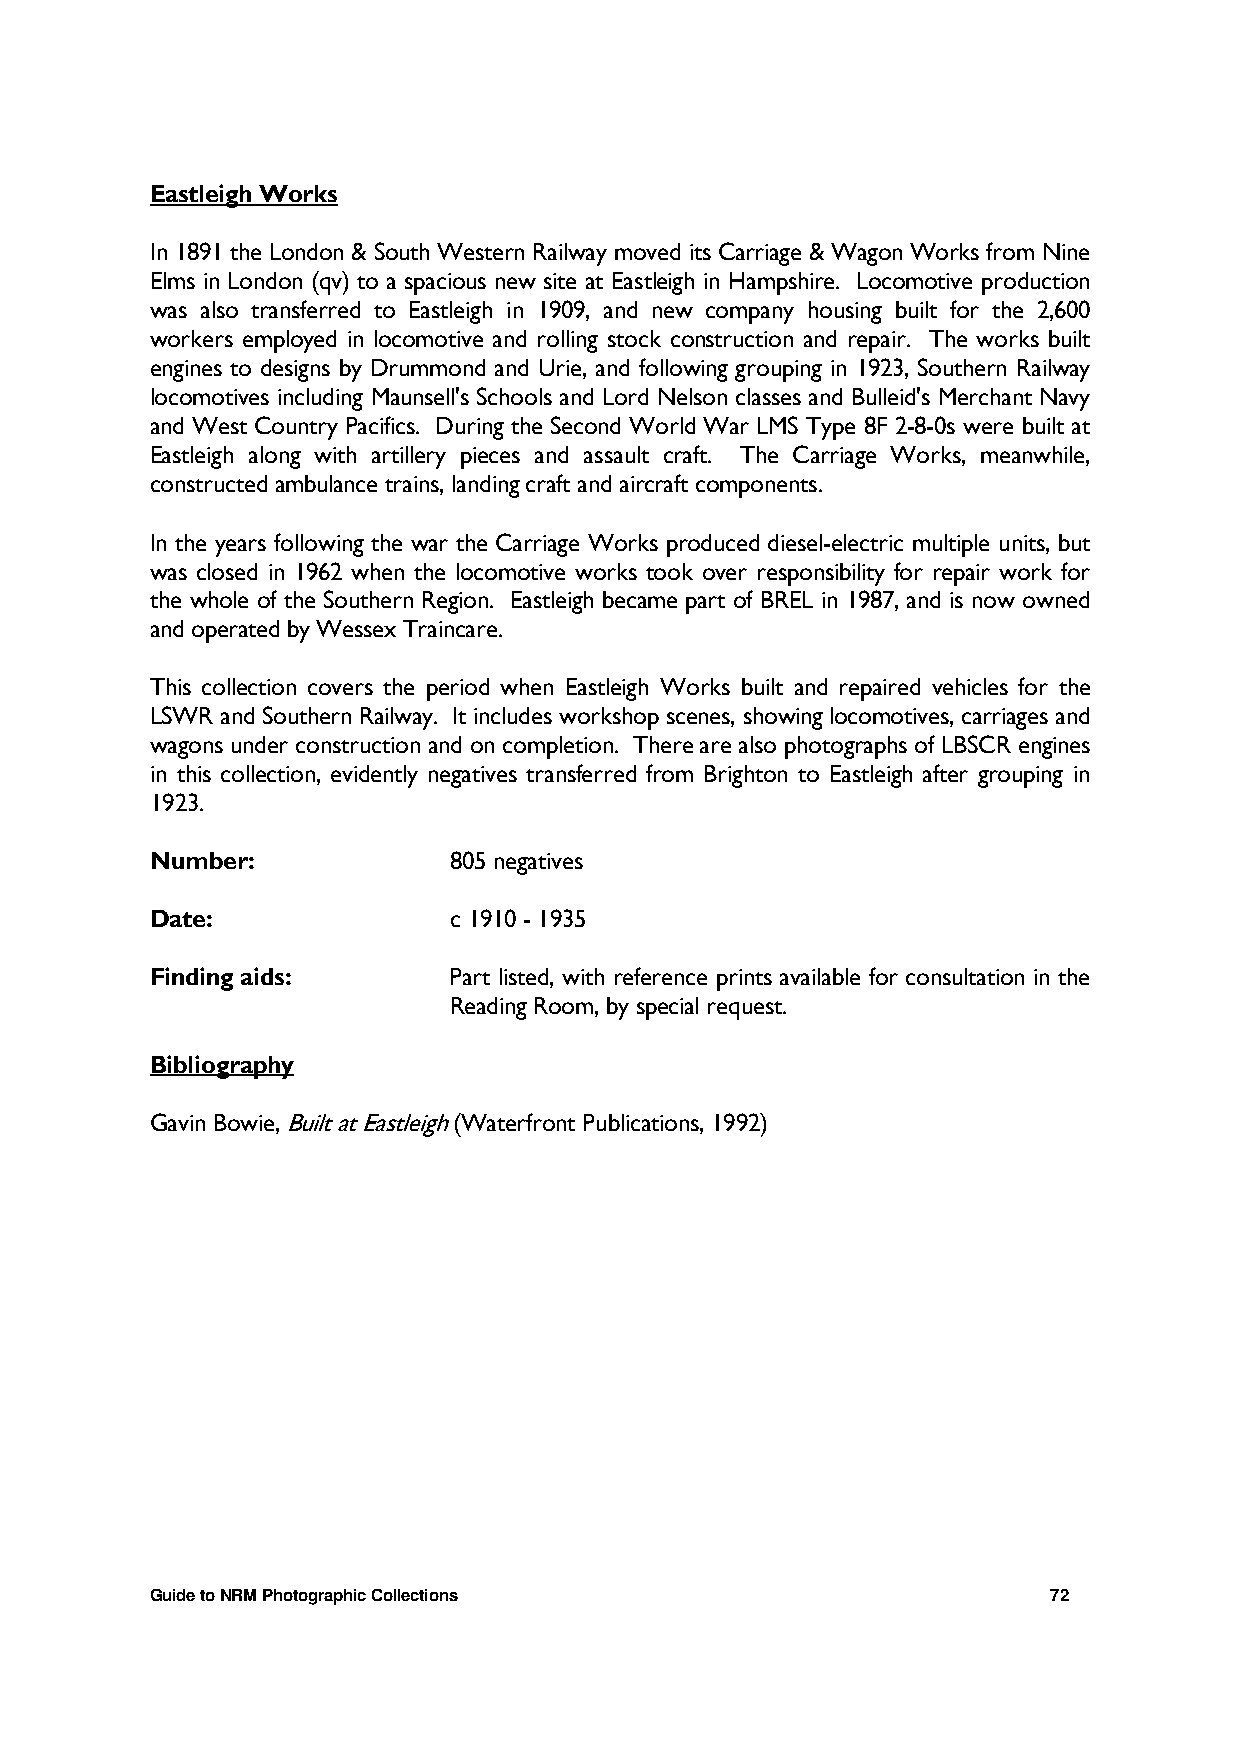
Eastleigh Works
 In 1891 the London & South Western Railway moved its Carriage & Wagon Works from Nine
 Elms in London (qv) to a spacious new site at Eastleigh in Hampshire. Locomotive production
 was also transferred to Eastleigh in 1909, and new company housing built for the 2,600
 workers employed in locomotive and rolling stock construction and repair. The works built
 engines to designs by Drummond and Urie, and following grouping in 1923, Southern Railway
 locomotives including Maunsell's Schools and Lord Nelson classes and Bulleid's Merchant Navy
 and West Country Pacifics. During the Second World War LMS Type 8F 2-8-0s were built at
 Eastleigh along with artillery pieces and assault craft. The Carriage Works, meanwhile,
 constructed ambulance trains, landing craft and aircraft components.
 In the years following the war the Carriage Works produced diesel-electric multiple units, but
 was closed in 1962 when the locomotive works took over responsibility for repair work for
 the whole of the Southern Region. Eastleigh became part of BREL in 1987, and is now owned
 and operated by Wessex Traincare.
 This collection covers the period when Eastleigh Works built and repaired vehicles for the
 LSWR and Southern Railway. It includes workshop scenes, showing locomotives, carriages and
 wagons under construction and on completion. There are also photographs of LBSCR engines
 in this collection, evidently negatives transferred from Brighton to Eastleigh after grouping in
 1923.
 Number:             805 negatives
 Date:               c 1910 - 1935
 Finding aids:       Part listed, with reference prints available for consultation in the
 Reading Room, by special request.
 Bibliography
 Gavin Bowie, Built at Eastleigh (Waterfront Publications, 1992)
 Guide to NRM Photographic Collections                       72